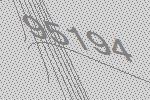
95194